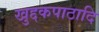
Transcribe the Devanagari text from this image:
खुद्दकपाठादि